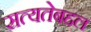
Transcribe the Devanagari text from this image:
सत्यतेबद्दल